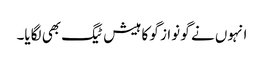
انہوں نے گو نواز گو کا ہیش ٹیگ بھی لگایا۔